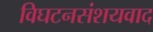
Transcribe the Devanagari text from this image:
विघटनसंशयवाद